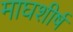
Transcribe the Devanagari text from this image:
माघशीर्ष